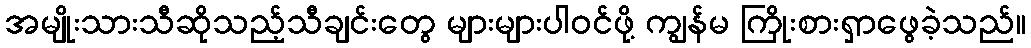
အမျိုးသားသီဆိုသည့်သီချင်းတွေ များများပါဝင်ဖို့ ကျွန်မ ကြိုးစားရှာဖွေခဲ့သည်။